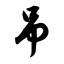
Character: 吊